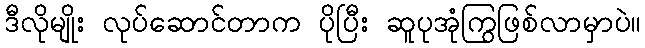
ဒီလိုမျိုး လုပ်ဆောင်တာက ပိုပြီး ဆူပုအုံကြွဖြစ်လာမှာပဲ။